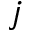
j